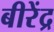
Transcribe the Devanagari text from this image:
बीरेंद्र